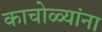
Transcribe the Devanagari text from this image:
काचोळ्यांना